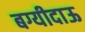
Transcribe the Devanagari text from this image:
बग्यीदाऊ